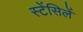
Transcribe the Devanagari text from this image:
स्टेंसिलें